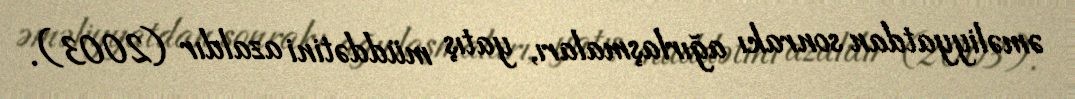
əməliyyatdan sonrakı ağırlaşmaları, yatış müddətini azaldır (2003).